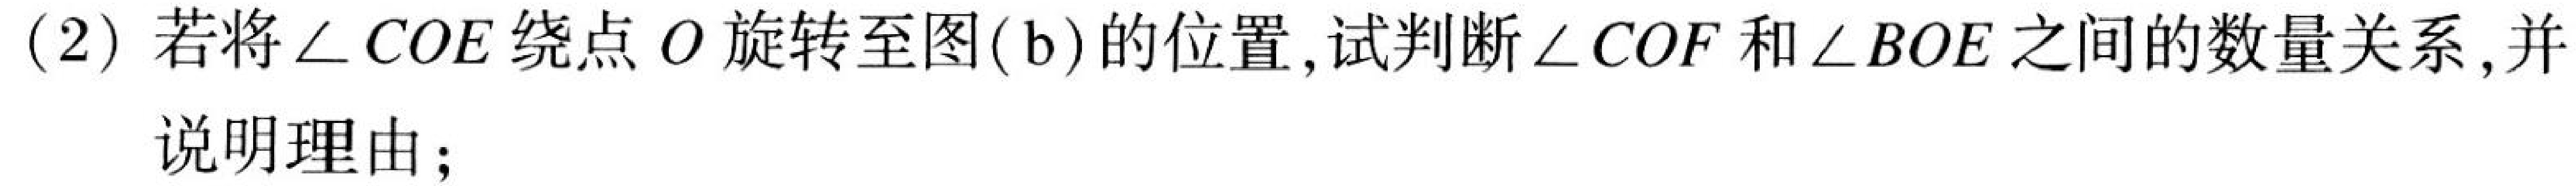
(2) 若将\(\angle COE\)绕点\(O\)旋转至图(\(b\))的位置,试判断\(\angle COF\)和\(\angle BOE\)之间的数量关系,并

说明理由;